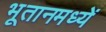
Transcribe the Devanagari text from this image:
भूतानमध्यें